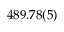
4 8 9 . 7 8 ( 5 )